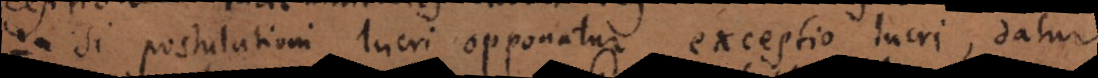
Si postulationi lucri opponatur exceptio lucri, datur